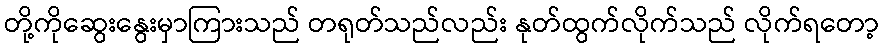
တို့ကိုဆွေးနွေးမှာကြားသည် တရုတ်သည်လည်း နုတ်ထွက်လိုက်သည် လိုက်ရတော့